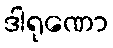
ဒါရုဏော